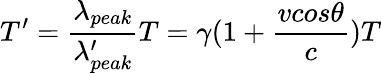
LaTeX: T^{\prime}=\frac{\lambda_{peak}}{\lambda_{peak}^{\prime}}T=\gamma(1+\frac{vcos\theta}{c})T